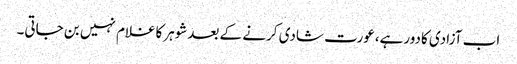
اب آزادی کادورہے،عورت شادی کرنے کے بعدشوہرکاغلام نہیں بن جاتی۔